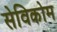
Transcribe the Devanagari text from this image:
सेविकोम